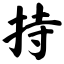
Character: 持